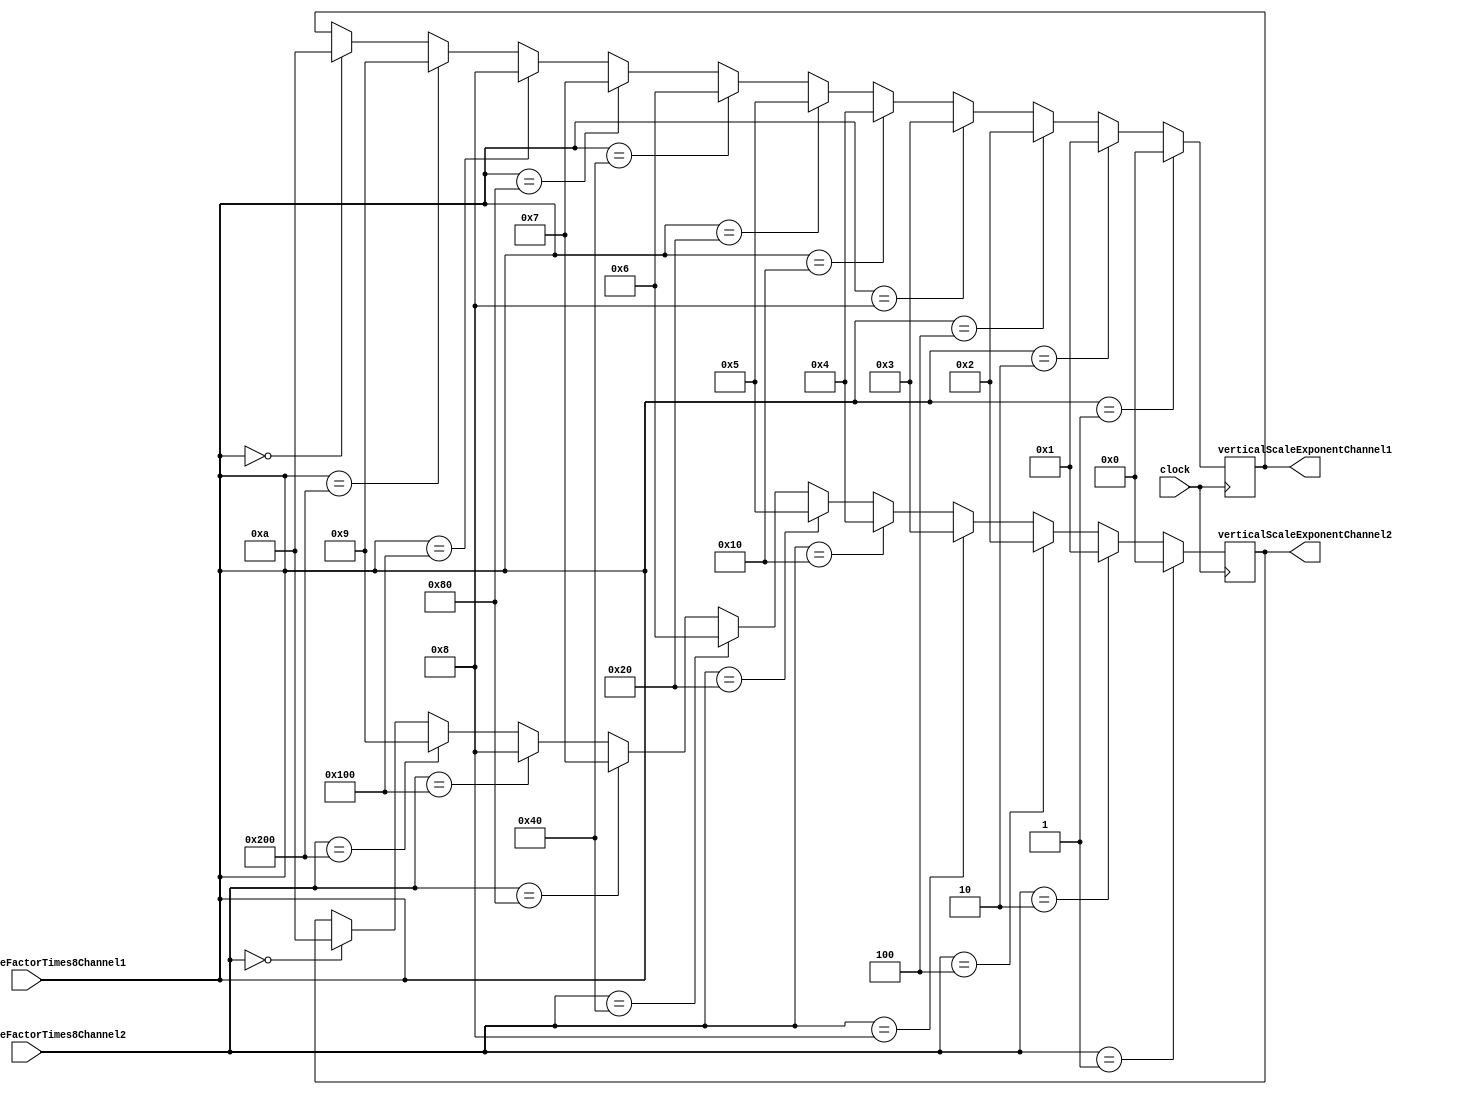
module GetVerticalScaleExponents
    #(parameter SCALE_FACTOR_SIZE = 10,
                SCALE_EXPONENT_BITS = 4)
    (input clock,
    input [SCALE_FACTOR_SIZE-1:0] verticalScaleFactorTimes8Channel1,
    input [SCALE_FACTOR_SIZE-1:0] verticalScaleFactorTimes8Channel2,
    output reg [SCALE_EXPONENT_BITS-1:0] verticalScaleExponentChannel1,
    output reg [SCALE_EXPONENT_BITS-1:0] verticalScaleExponentChannel2
    );
    
    always @ (posedge clock) begin
        //channel 1
        if (verticalScaleFactorTimes8Channel1 == 10'd1) verticalScaleExponentChannel1 <= 4'd0;
        else if (verticalScaleFactorTimes8Channel1 == 10'd2) verticalScaleExponentChannel1 <= 4'd1;
        else if (verticalScaleFactorTimes8Channel1 == 10'd4) verticalScaleExponentChannel1 <= 4'd2;
        else if (verticalScaleFactorTimes8Channel1 == 10'd8) verticalScaleExponentChannel1 <= 4'd3;
        else if (verticalScaleFactorTimes8Channel1 == 10'd16) verticalScaleExponentChannel1 <= 4'd4;
        else if (verticalScaleFactorTimes8Channel1 == 10'd32) verticalScaleExponentChannel1 <= 4'd5;
        else if (verticalScaleFactorTimes8Channel1 == 10'd64) verticalScaleExponentChannel1 <= 4'd6;
        else if (verticalScaleFactorTimes8Channel1 == 10'd128) verticalScaleExponentChannel1 <= 4'd7;
        else if (verticalScaleFactorTimes8Channel1 == 10'd256) verticalScaleExponentChannel1 <= 4'd8;
        else if (verticalScaleFactorTimes8Channel1 == 10'd512) verticalScaleExponentChannel1 <= 4'd9;
        else if (verticalScaleFactorTimes8Channel1 == 10'd1024) verticalScaleExponentChannel1 <= 4'd10;
        
        //channel 2
        if (verticalScaleFactorTimes8Channel2 == 10'd1) verticalScaleExponentChannel2 <= 4'd0;
        else if (verticalScaleFactorTimes8Channel2 == 10'd2) verticalScaleExponentChannel2 <= 4'd1;
        else if (verticalScaleFactorTimes8Channel2 == 10'd4) verticalScaleExponentChannel2 <= 4'd2;
        else if (verticalScaleFactorTimes8Channel2 == 10'd8) verticalScaleExponentChannel2 <= 4'd3;
        else if (verticalScaleFactorTimes8Channel2 == 10'd16) verticalScaleExponentChannel2 <= 4'd4;
        else if (verticalScaleFactorTimes8Channel2 == 10'd32) verticalScaleExponentChannel2 <= 4'd5;
        else if (verticalScaleFactorTimes8Channel2 == 10'd64) verticalScaleExponentChannel2 <= 4'd6;
        else if (verticalScaleFactorTimes8Channel2 == 10'd128) verticalScaleExponentChannel2 <= 4'd7;
        else if (verticalScaleFactorTimes8Channel2 == 10'd256) verticalScaleExponentChannel2 <= 4'd8;
        else if (verticalScaleFactorTimes8Channel2 == 10'd512) verticalScaleExponentChannel2 <= 4'd9;
        else if (verticalScaleFactorTimes8Channel2 == 10'd1024) verticalScaleExponentChannel2 <= 4'd10;
    end
    
endmodule